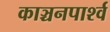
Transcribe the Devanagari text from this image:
काञ्चनपार्श्व